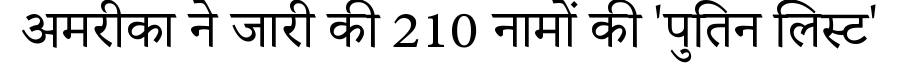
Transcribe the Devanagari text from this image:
अमरीका ने जारी की 210 नामों की 'पुतिन लिस्ट'